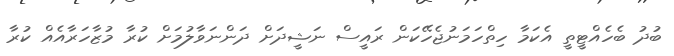
ބުދު ބެހެއްޓީތީ އެކަމާ ހިތްހަމަނުޖެހޭކަން ރައީސް ނަޝީދަށް ދަންނަވާލުމަށް ކުރާ މުޒާހަރާއެއް ކުރާ